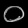
Digit: ၀